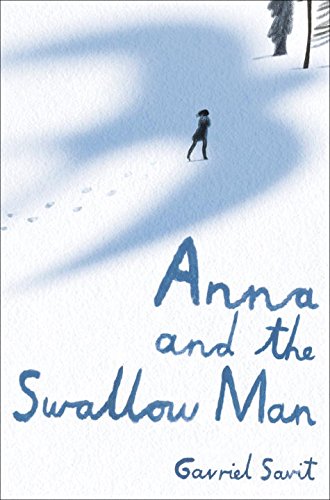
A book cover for Anna and the Swallow Man; Gavriel Savit; Teen & Young Adult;